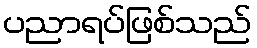
ပညာရပ်ဖြစ်သည်